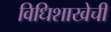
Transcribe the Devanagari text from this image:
विधिशाखेची